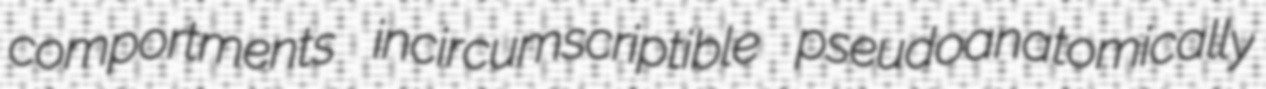
comportments incircumscriptible pseudoanatomically